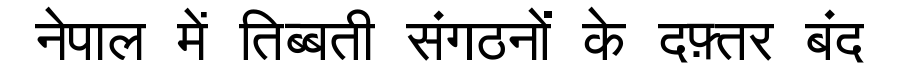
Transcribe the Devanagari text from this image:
नेपाल में तिब्बती संगठनों के दफ़्तर बंद